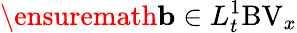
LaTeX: \ensuremath{\mathbf{b}}\in L_{t}^{1}\mathrm{BV}_{x}